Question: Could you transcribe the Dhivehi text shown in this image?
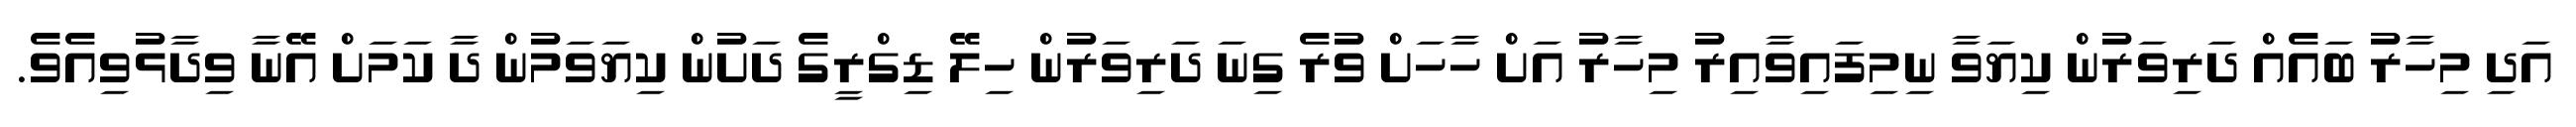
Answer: އަދި މިހާރު ބައެއް ދަރިވަރުން ކިޔަވާ ނިމިފައިވާއިރު މިހާރު އަށް ހާހަށް ވުރެ ގިނަ ދަރިވަރުން ހިލޭ ޑިގްރީގެ ދަށުން ކިޔަވަމުން ދާ ކަމަށް އޭނާ ވިދާޅުވިއެވެ.